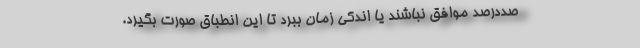
صددرصد موافق نباشند یا اندکی زمان ببرد تا این انطباق صورت بگیرد.